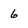
Character: 6